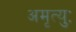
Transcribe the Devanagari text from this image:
अमृत्युः